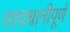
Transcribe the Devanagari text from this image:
सावधानीपूर्ण